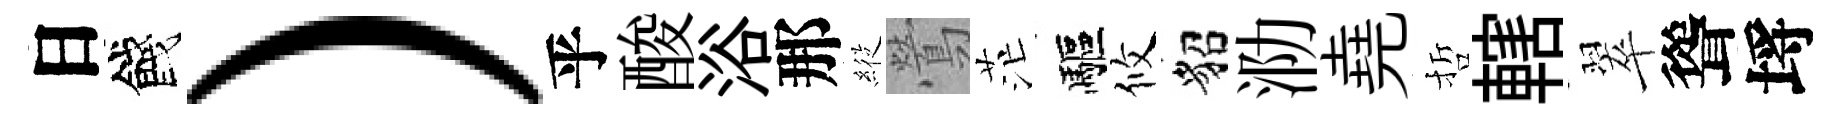
日餞）乎酸浴那𦂵鶯茫驅攸貂泐堯哲轄翠聳埓